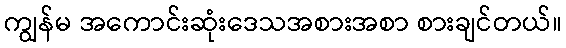
ကျွန်မ အကောင်းဆုံးဒေသအစားအစာ စားချင်တယ်။